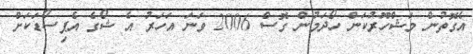
އެގޮތުން މަޝްހޫރުކަން ހޯދަމުން ގޮސް 2006 ވަނަ އަހަރު އެ ޝޯގެ އެޕިސޯޑަކަށް